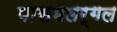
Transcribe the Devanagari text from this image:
पासमलर्गल